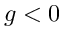
g < 0